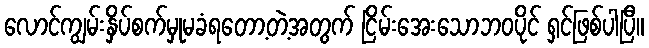
လောင်ကျွမ်းနှိပ်စက်မှုမခံရတော့တဲ့အတွက် ငြိမ်းအေးသောဘဝပိုင် ရှင်ဖြစ်ပါပြီ။